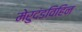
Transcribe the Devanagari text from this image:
मेरुदंडविहिन